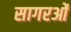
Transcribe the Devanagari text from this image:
सागरओं